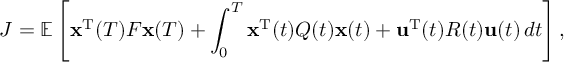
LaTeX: J = \mathbb { E } \left[ { \mathbf { x } ^ { \mathrm { T } } } ( T ) F { \mathbf { x } } ( T ) + \int _ { 0 } ^ { T } { \mathbf { x } ^ { \mathrm { T } } } ( t ) Q ( t ) { \mathbf { x } } ( t ) + { \mathbf { u } ^ { \mathrm { T } } } ( t ) R ( t ) { \mathbf { u } } ( t ) \, d t \right] ,